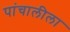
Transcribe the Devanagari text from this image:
पांचालीला